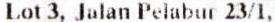
LOT 3, JALAN PELABUR 23/1,